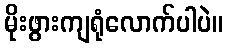
မိုးဖွားကျရုံလောက်ပါပဲ။